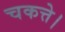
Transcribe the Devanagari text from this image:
चकत्ते।